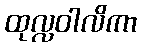
ထုလ္လဝါလိကာ